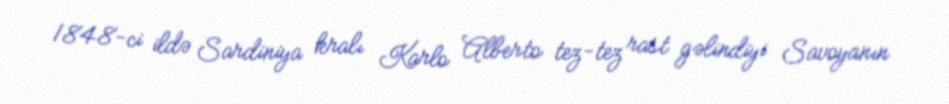
1848-ci ildə Sardiniya kralı Karlo Alberto tez-tez rast gəlindiyi Savoyanın